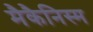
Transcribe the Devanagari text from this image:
मैकैनिस्म